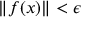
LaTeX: \| f ( x ) \| < \epsilon